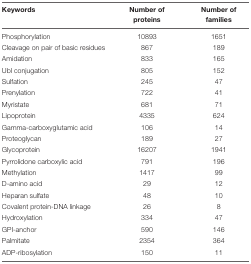
| Keywords | Number of proteins | Number of families |
 | --- | --- | --- |
 | Phosphorylation | 10893 | 1651 |
 | Cleavage on pair of basic residues | 867 | 189 |
 | Amidation | 833 | 165 |
 | Ubl conjugation | 805 | 152 |
 | Sulfation | 245 | 47 |
 | Prenylation | 722 | 41 |
 | Myristate | 681 | 71 |
 | Lipoprotein | 4335 | 624 |
 | Gamma-carboxyglutamic acid | 106 | 14 |
 | Proteoglycan | 189 | 27 |
 | Glycoprotein | 16207 | 1941 |
 | Pyrrolidone carboxylic acid | 791 | 196 |
 | Methylation | 1417 | 99 |
 | D-amino acid | 29 | 12 |
 | Heparan sulfate | 48 | 10 |
 | Covalent protein-DNA linkage | 26 | 8 |
 | Hydroxylation | 334 | 47 |
 | GPI-anchor | 590 | 146 |
 | Palmitate | 2354 | 364 |
 | ADP-ribosylation | 150 | 11 |